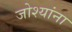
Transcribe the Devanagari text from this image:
जोश्यांना